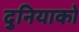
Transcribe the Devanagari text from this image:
दुनियाको